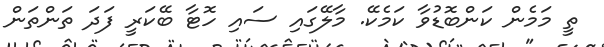
ތީ މަމެން ކަންބޮޑުވާ ކަމެކޭ. މާލޭގައި ސައި ހޮޓާ ބޭކަރީ ފަދަ ތަންތަން